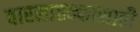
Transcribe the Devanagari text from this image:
वारसाहक्कासाठी